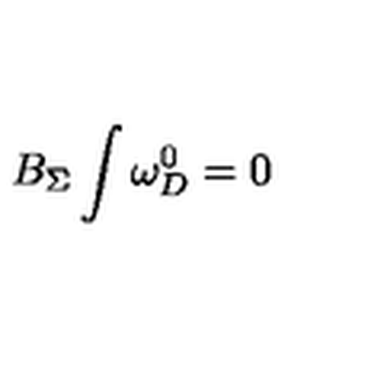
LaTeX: B _ { \Sigma } \int \omega _ { D } ^ { 0 } = 0